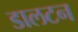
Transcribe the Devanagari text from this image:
डालटन